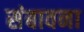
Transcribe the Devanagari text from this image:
संबावना